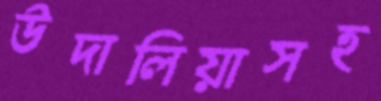
উদালিয়াসহ